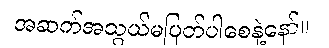
အဆက်အသွယ်မပြတ်ပါစေနဲ့နော်။